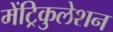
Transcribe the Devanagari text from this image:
मेंट्रिकुलेशन